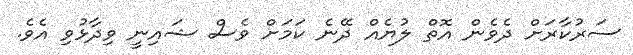
ސަރުކާރަށް ދެވެން އޮތް ލުޔެއް ދޭނެ ކަމަށް ވެސް ޝައިނީ ވިދާޅުވި އެވެ.